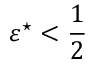
\varepsilon ^ { \star } < \frac { 1 } { 2 }